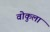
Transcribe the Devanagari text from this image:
वोकुला